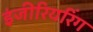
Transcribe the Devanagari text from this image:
इंजीरियरिंग